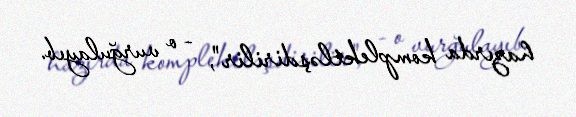
hazırda komplektləşdirilir", - o vurğulayıb.